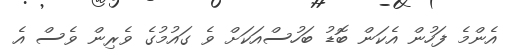
އެންމެ ފަހުން އެކަން ބޮޑު ބަހުސްއަކަށް ވެ ގައުމުގެ ވެރިން ވެސް އެ